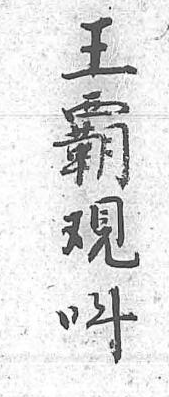
王霸覌叫